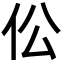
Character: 伀